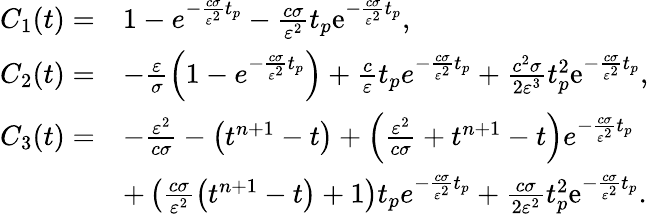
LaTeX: \begin{array}{rl}{C_{1}(t)=}&{1-e^{-\frac{c\sigma}{\varepsilon^{2}}t_{p}}-\frac{c\sigma}{\varepsilon^{2}}t_{p}\mathrm{e}^{-\frac{c\sigma}{\varepsilon^{2}}t_{p}},}\\ {C_{2}(t)=}&{-\frac{\varepsilon}{\sigma}\left(1-e^{-\frac{c\sigma}{\varepsilon^{2}}t_{p}}\right)+\frac{c}{\varepsilon}t_{p}e^{-\frac{c\sigma}{\varepsilon^{2}}t_{p}}+\frac{c^{2}\sigma}{2\varepsilon^{3}}t_{p}^{2}\mathrm{e}^{-\frac{c\sigma}{\varepsilon^{2}}t_{p}},}\\ {C_{3}(t)=}&{-\frac{\varepsilon^{2}}{c\sigma}-\left(t^{n+1}-t\right)+\left(\frac{\varepsilon^{2}}{c\sigma}+t^{n+1}-t\right)e^{-\frac{c\sigma}{\varepsilon^{2}}t_{p}}}\\ &{+\left(\frac{c\sigma}{\varepsilon^{2}}\left(t^{n+1}-t\right)+1\right)t_{p}e^{-\frac{c\sigma}{\varepsilon^{2}}t_{p}}+\frac{c\sigma}{2\varepsilon^{2}}t_{p}^{2}\mathrm{e}^{-\frac{c\sigma}{\varepsilon^{2}}t_{p}}.}\end{array}